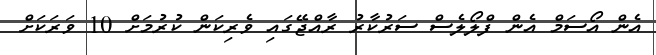
އެން އޯސަމް އެން ފްލޯލެސް ސަރުކާރު ރާއްޖޭގައި ވެރިކަން ކުރުމަށް 10 ވަރަކަށް